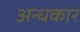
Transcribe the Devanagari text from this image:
अन्‍धकार